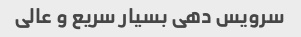
سرویس دهی بسیار سریع و عالی